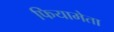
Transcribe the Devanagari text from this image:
फियामेता